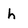
Character: h